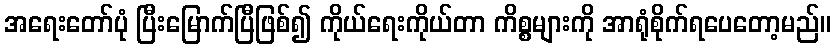
အရေးတော်ပုံ ပြီးမြောက်ပြီဖြစ်၍ ကိုယ်ရေးကိုယ်တာ ကိစ္စများကို အာရုံစိုက်ရပေတော့မည်။